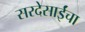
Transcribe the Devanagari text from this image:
सरदेसाईंचा